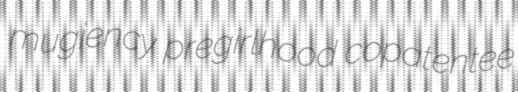
mugiency pregirlhood copatentee